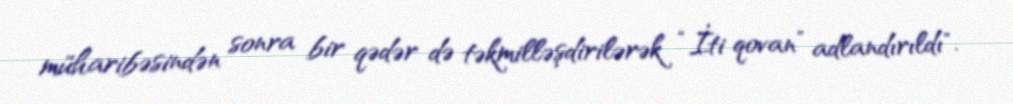
müharibəsindən sonra bir qədər də təkmilləşdirilərək “İti qovan” adlandırıldı".